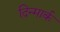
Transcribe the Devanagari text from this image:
दिन्मार्क